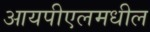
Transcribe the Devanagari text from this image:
आयपीएलमधील